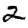
Digit: 2